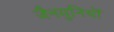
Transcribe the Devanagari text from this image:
जैनमुनियों